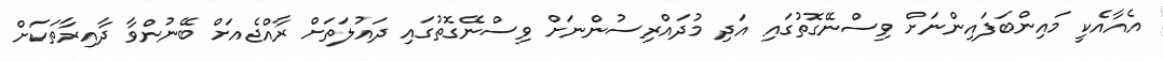
އެއާއެކީ މައިންބަފައިންނަށް ވިސްނޭގޮތުގައި އަދި މުދައްރިސުންނަށް ވިސްނޭގޮތުގައި ދައުލަތަށް ރާއްޖެއަށް ބޭނުންވާ ދާއިރާތަކަށް